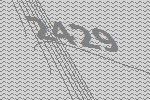
2429